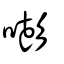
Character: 嘭